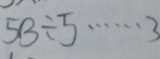
5 3 \div 5 \cdots 3